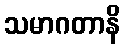
သမာဂတာနိ